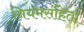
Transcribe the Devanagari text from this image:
नियमसंहिता